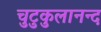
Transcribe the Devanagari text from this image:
चुटुकुलानन्द